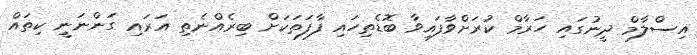
އިސްލާމް ދީނުގައި ހަރާމް ކުރަށްވާފައިވާ ބޮޑެތިހައި ފާފަތަކަށް ބިރެއްނެތި އަރައި ގަންނަނީ ކިތައް